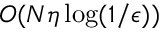
{ \cal O } ( N \eta \log ( 1 / \epsilon ) )